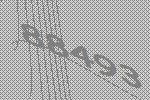
88493